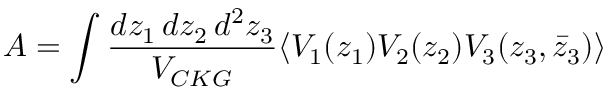
A = \int \frac { d z _ { 1 } \, d z _ { 2 } \, d ^ { 2 } z _ { 3 } } { V _ { C K G } } \langle V _ { 1 } ( z _ { 1 } ) V _ { 2 } ( z _ { 2 } ) V _ { 3 } ( z _ { 3 } , \bar { z } _ { 3 } ) \rangle